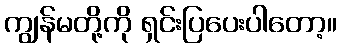
ကျွန်မတို့ကို ရှင်းပြပေးပါတော့။